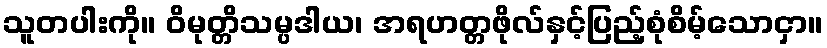
သူတပါးကို။ ဝိမုတ္တိသမ္ပဒါယ၊ အရဟတ္တဖိုလ်နှင့်ပြည့်စုံစိမ့်သောငှာ။